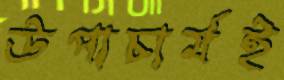
উপাচার্যই